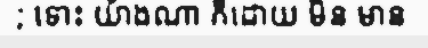
; ទោះ យ៉ាងណា ក៏ដោយ មិន មាន